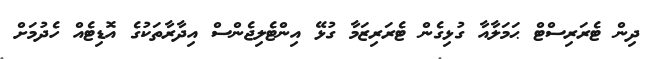
ދިން ޓެރަރިސްޓް ޙަމަލާއާ ގުޅިގެން ޓެރަރިޒަމާ ގުޅޭ އިންޓެލިޖެންސް އިދާރާތަކުގެ އޮޑިޓެއް ހެދުމަށް